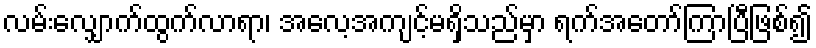
လမ်းလျှောက်ထွက်လာရာ၊ အလေ့အကျင့်မရှိသည်မှာ ရက်အတော်ကြာပြီဖြစ်၍